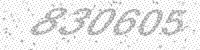
Solution: 830605